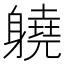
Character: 𨊅